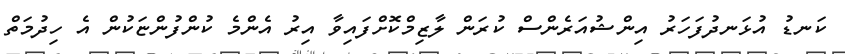
ކަނޑު އުޅަނދުފަހަރު އިންޝުއަރެންސް ކުރަން ލާޒިމްކޮށްފައިވާ އިރު އެންމެ ކުންފުންޏަކުން އެ ހިދުމަތް